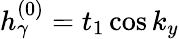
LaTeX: h_{\gamma}^{(0)}=t_{1}\cos k_{y}